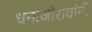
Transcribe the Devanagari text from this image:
धनाजीरावांनी